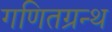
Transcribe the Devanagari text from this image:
गणितग्रन्थ